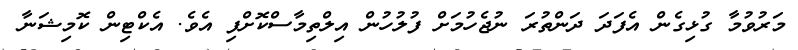
މަރުވުމާ ގުޅިގެން އެފަދަ ދަންތުރަ ނުޖެހުމަށް ފުލުހުން އިލްތިމާސްކޮށްފި އެވެ. އެކްޓިން ކޮމިޝަނާ